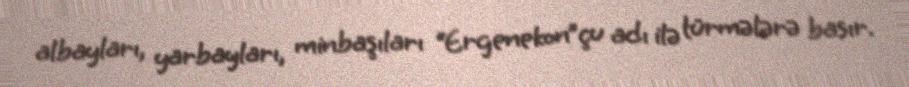
albayları, yarbayları, minbaşıları “Ergenekon”çu adı ilə türmələrə basır.